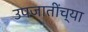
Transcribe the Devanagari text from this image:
उपजातींच्या